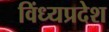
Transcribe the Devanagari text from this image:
विंध्यप्रदेश